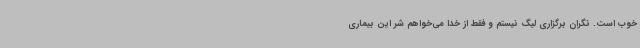
خوب است. نگران برگزاری لیگ نیستم و فقط از خدا می‌خواهم شر این بیماری